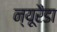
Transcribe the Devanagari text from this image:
न्यूरैडा